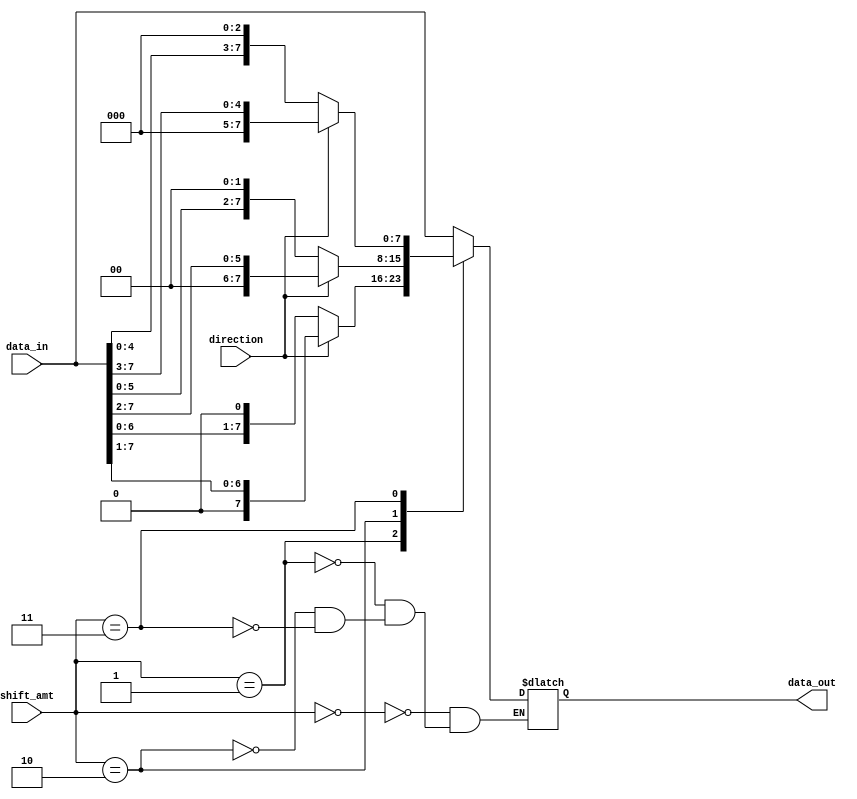
module Barrel_Shifter (
    input [7:0] data_in,
    input [2:0] shift_amt,
    input direction, // 0 for left shift, 1 for right shift
    output reg [7:0] data_out
);

reg [7:0] stage1_out;
reg [7:0] stage2_out;
reg [7:0] stage3_out;

always @* begin
    case(shift_amt)
        3'b000: begin
            if(direction == 0) begin // left shift by 0 bits
                data_out = data_in;
            end else begin // right shift by 0 bits
                data_out = data_in;
            end
        end
        3'b001: begin // shift by 1 bit
            if(direction == 0) begin // left shift by 1 bit
                data_out = data_in << 1;
            end else begin // right shift by 1 bit
                data_out = data_in >> 1;
            end
        end
        3'b010: begin // shift by 2 bits
            if(direction == 0) begin // left shift by 2 bits
                data_out = data_in << 2;
            end else begin // right shift by 2 bits
                data_out = data_in >> 2;
            end
        end
        3'b011: begin // shift by 3 bits
            if(direction == 0) begin // left shift by 3 bits
                data_out = data_in << 3;
            end else begin // right shift by 3 bits
                data_out = data_in >> 3;
            end
        end
        // add more cases for larger shift amounts if needed
        default: begin
            // do nothing or handle error case
        end
    endcase
end

endmodule